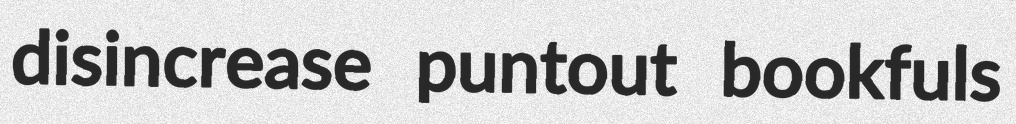
disincrease puntout bookfuls